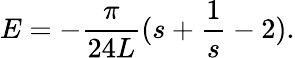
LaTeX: E=-\frac{\pi}{24L}(s+\frac{1}{s}-2).